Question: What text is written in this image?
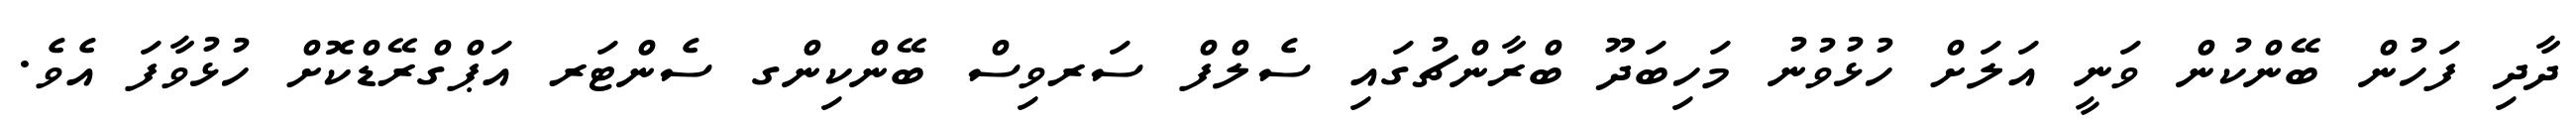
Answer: ދާދި ފަހުން ބޭންކުން ވަނީ އަލަށް ހުޅުވުނު މަހިބަދޫ ބްރާންޗުގައި ސެލްފް ސަރވިސް ބޭންކިންގ ސެންޓަރ އަޕްގްރޭޑްކޮށް ހުޅުވާފަ އެވެ.